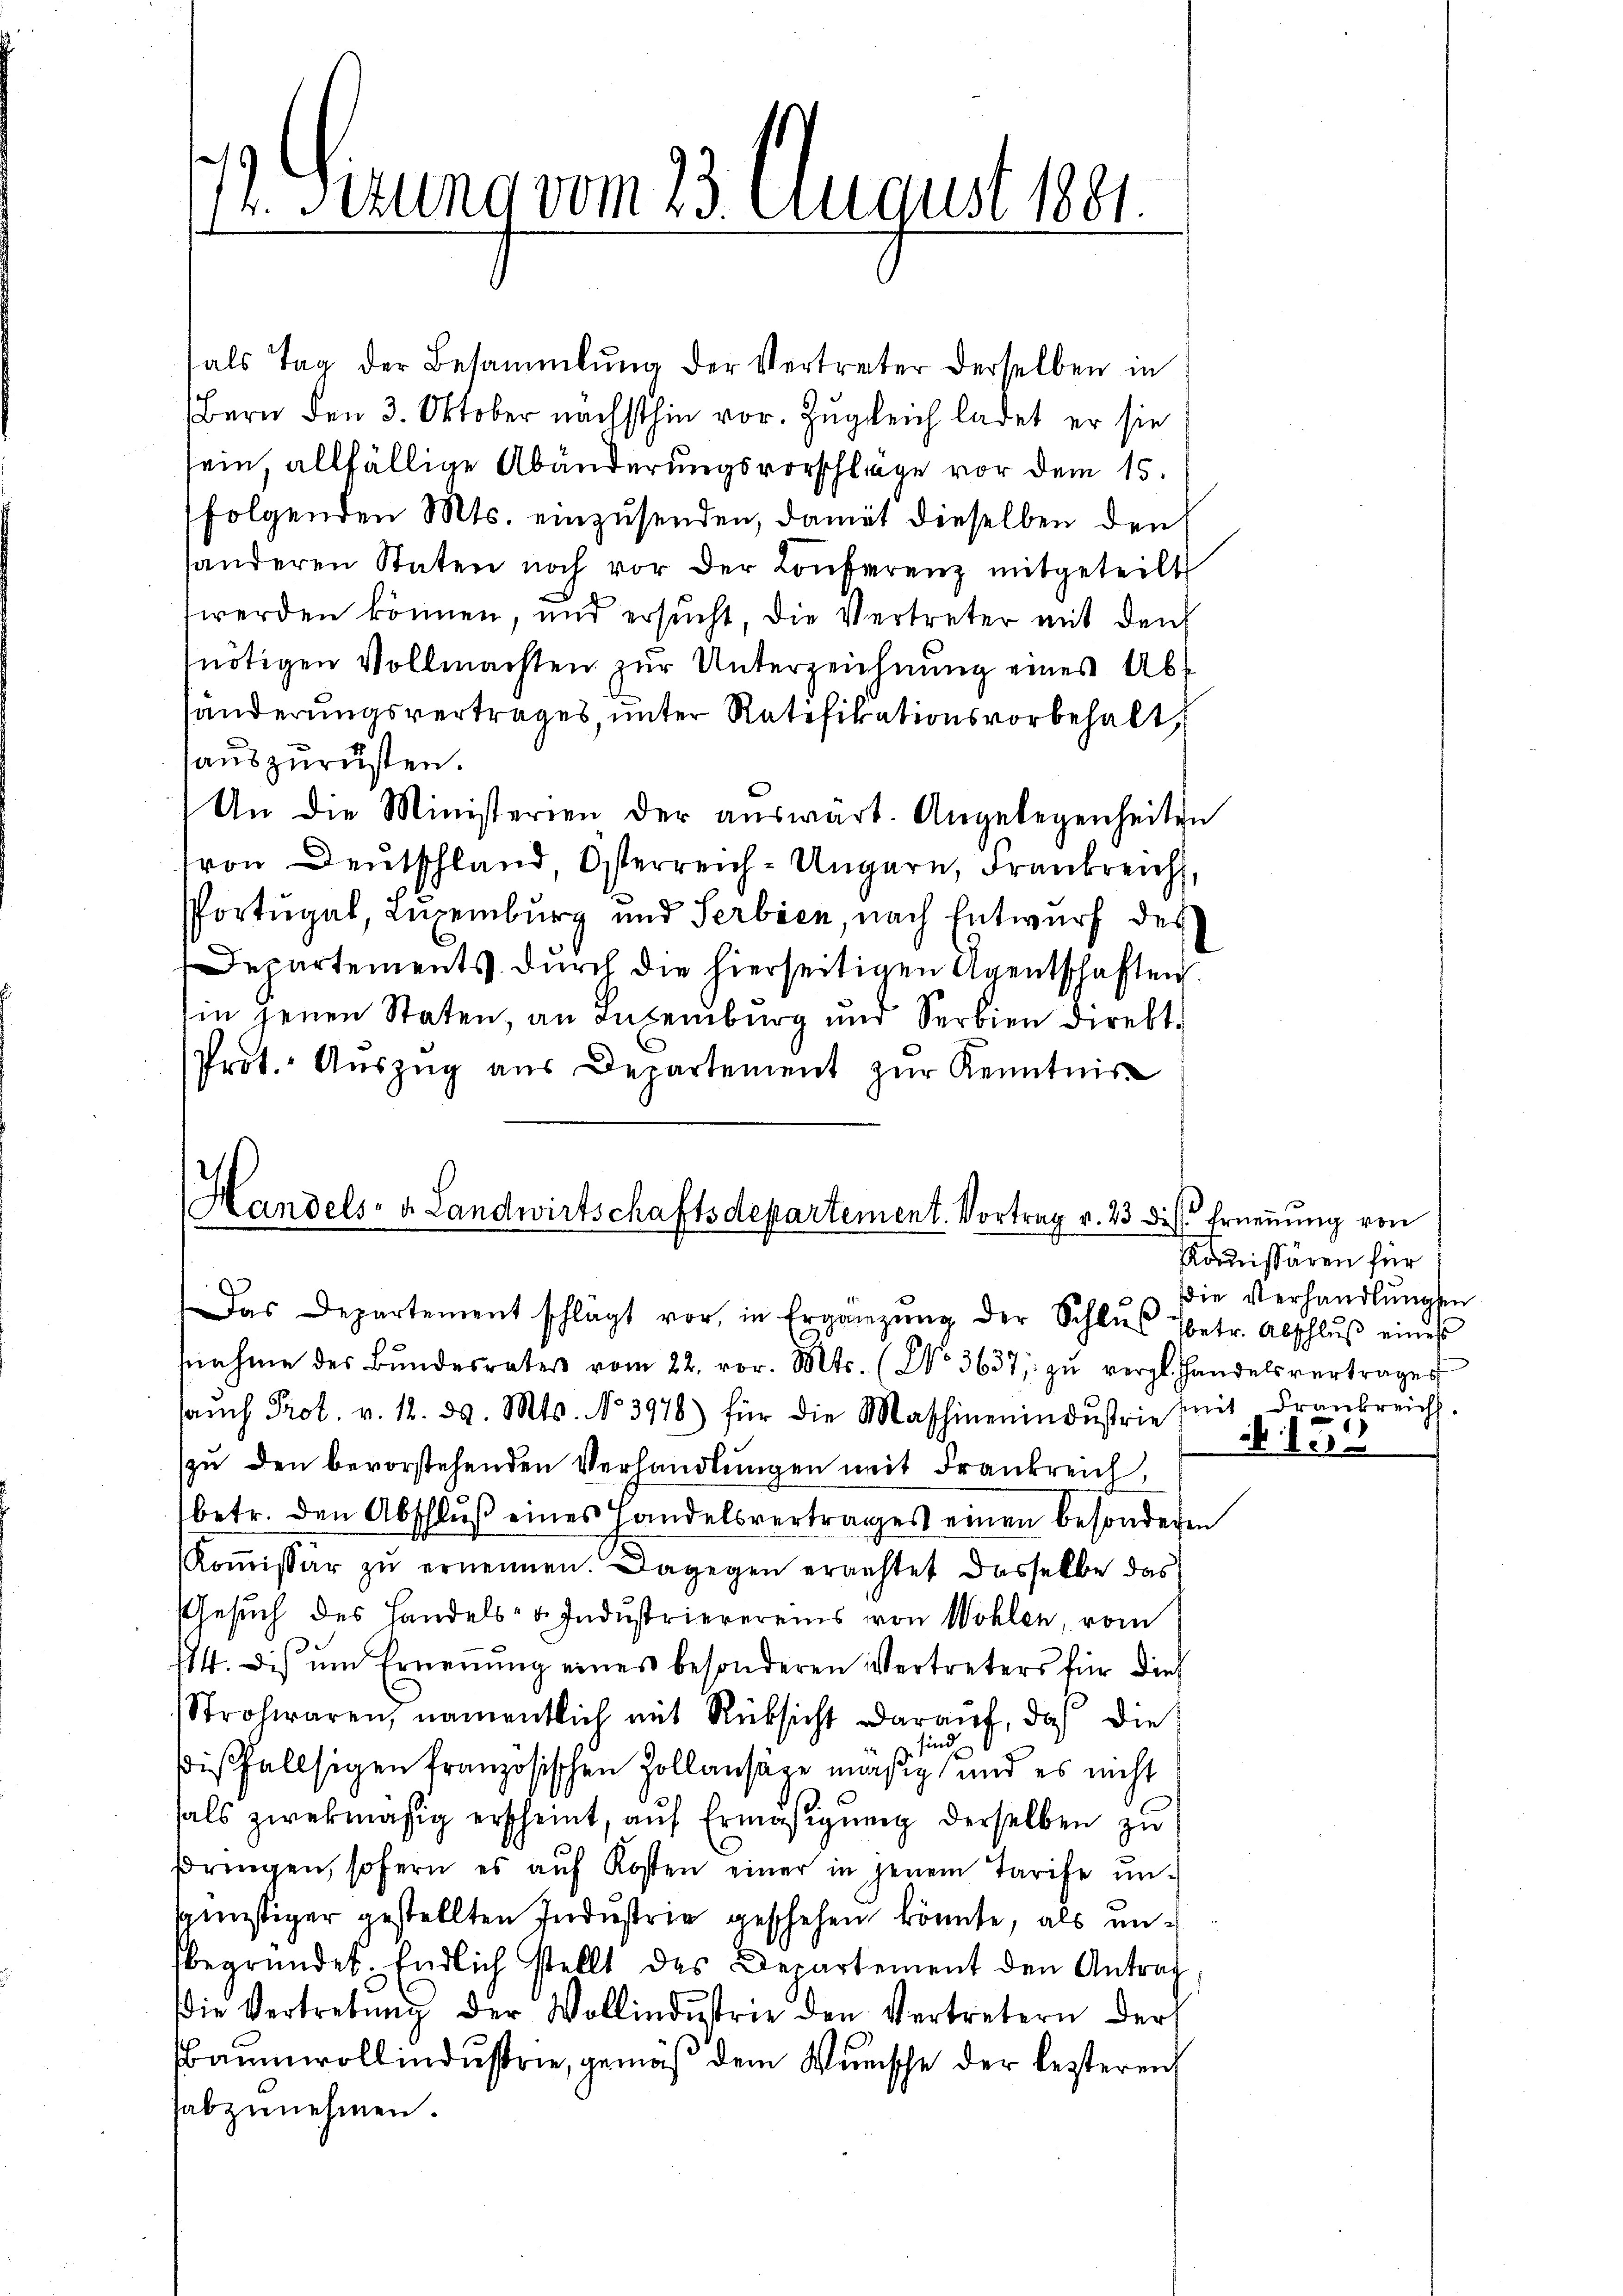
7. Sizung vom 23. August 1801.

als Tag der Besammlung der Vertreter derselben in
Bern den 3. Oktober nächsthin vor. Zugleich ladet er sie
sein, allfällige Abänderungsvorschläge vor dem 15.
folgenden Mts. einzusenden, damit dieselben den
handeren Staten noch vor der Conferenz mitgeteilt
werden können, und ersucht, die Vertreter mit den
nötigen Vollmachten zur Unterzeichnung eines Abs
händerungsvertrages, unter Ratifikationsvorbehalt
auszurüsten.
An die Ministerien der aŭswart. Angelegenheiten
ron Deutschland, Osterreich-Ungarn, Frankreich,
PPortugal, Luxenburg und Serbien nach Entwurf des
Departements. durch die hierseitigen Agentschaften
in jenen Staten, an Luxenburg und Serbien direkt.
Prot. Aŭszŭg aŭs Departement zŭr Kenntnis

Handels- u. Landwirtschaftsdepartement. Vortrag v. 23 die Erneṅŭng von
Das Departement schlägt vor, in Ergänzŭng der Schlŭs Petr. Abschlŭβ eines
24
snahme des Bŭndesrates vom 22. vor. Mts. (No 3631, zŭ vergl. Handelsvertrages

saŭch Prot. v. 12. d. Mts. No. 3978) für die Maschinenindustrie seit Frankreich.
zŭ den bevorstehenden Verhandlŭngen mit Frankreich,
betr. den Abschlŭβ eines Handelsvertrages einen besondere
Koṁissär zŭ ernennen. Dagegen erachtet dasselbe das
Gesuch des Handels- u. Industrierereins von Wohlen, vom
114. dis ŭm Ernennung eines besonderen Vertreters für dies
Strohwaren, namentlich mit Rücksicht darauf, daß die
sind
dißfallsigen französischen Zollansäge mäßig und es nicht
hals zwekmäsig erscheint, aŭf Ermäßigung derselben zu
pringen, sofern es aŭf Kosten einer in jenem Tarife ŭn-
spünstiger gestellten Industrie geschehen könnte, als unbegründet. Endlich stellt des Departement den Antrag
die Vertretŭng der Wollindŭstrie den Vertretern der
Baumwollindustrie, gemäß dem Wunsche der lezteren
abzunehmen.

Kommissären für
die Verhandlungen

e

x